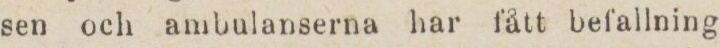
sen och ambulanserna har fått befallning